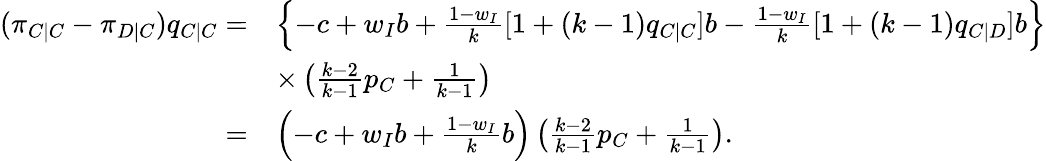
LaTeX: \begin{array}{rl}{(\pi_{C|C}-\pi_{D|C})q_{C|C}=}&{\left\{ -c+w_{I}b+\frac{1-w_{I}}{k}[1+(k-1)q_{C|C}]b-\frac{1-w_{I}}{k}[1+(k-1)q_{C|D}]b\right\} }\\ &{\times\left(\frac{k-2}{k-1}p_{C}+\frac{1}{k-1}\right)}\\ {=}&{\left(-c+w_{I}b+\frac{1-w_{I}}{k}b\right)\left(\frac{k-2}{k-1}p_{C}+\frac{1}{k-1}\right).}\end{array}